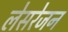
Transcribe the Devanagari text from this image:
लेसरेजन